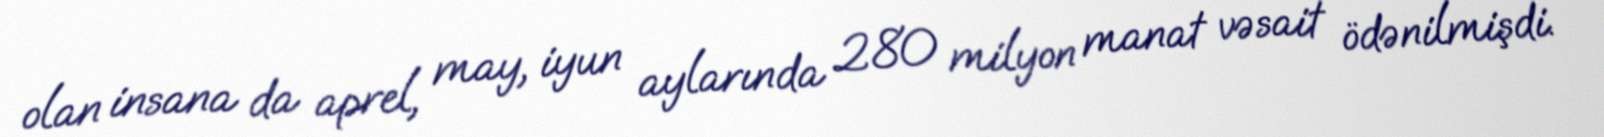
olan insana da aprel, may, iyun aylarında 280 milyon manat vəsait ödənilmişdi.